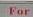
for